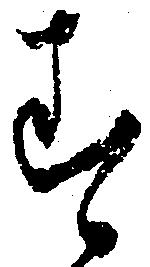
す